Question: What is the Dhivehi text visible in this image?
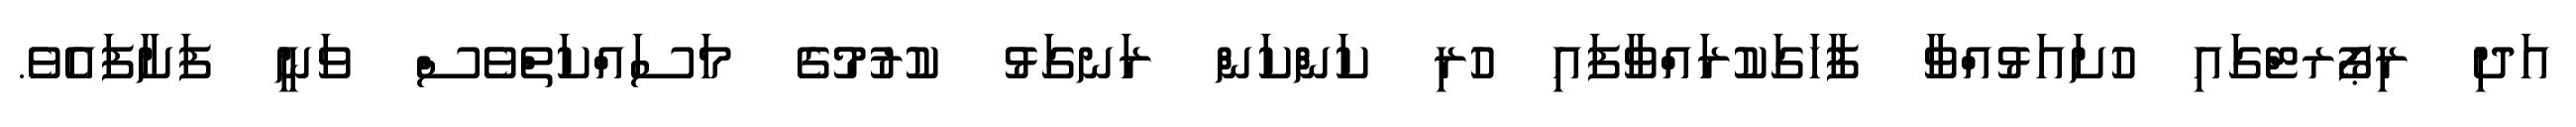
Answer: އަދި ރިޕޯރޓްގައި ހުށައަޅުއްވާ ފާހަގަކުރައްވާފައި ހުރި ކަންކަން ރަނގަޅު ކުރުމުގެ މަސައްކަތްވެސް ވަނީ ފަށާފައެވެ.